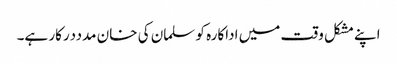
اپنے مشکل وقت میں اداکارہ کو سلمان کی خان مدددرکار ہے۔